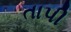
તાપી